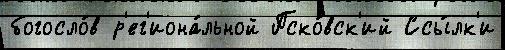
богосло́в р'ег'иона́льной Пско́вск'ий Ссы́лк'и